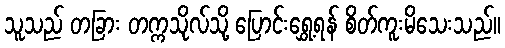
သူသည် တခြား တက္ကသိုလ်သို့ ပြောင်းရွှေ့ရန် စိတ်ကူးမိသေးသည်။